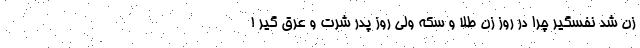
زن شد نفسگیر چرا در روز زن طلا و سکه ولی روز پدر شرت و عرق گیر !